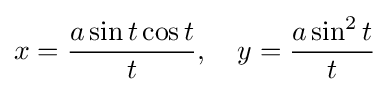
x={\frac {a\sin t\cos t}{t}},\quad y={\frac {a\sin ^{2}t}{t}}